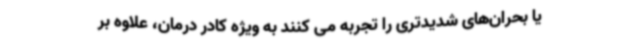
یا بحران‌های شدیدتری را تجربه می کنند به ویژه کادر درمان، علاوه بر